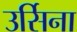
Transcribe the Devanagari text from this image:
उर्सिना